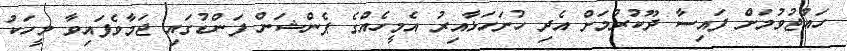
ހައްޖުވުމަށް ފައިސާ ދޫކުރުމަށް އެދި ހުށަހަޅާއިރު އެމީހެއްްގެ ޕެންޝަން ފަންޑުގައި ޖަމާވެފައިވާ މީހަކު